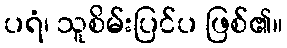
ပရံ၊ သူစိမ်းပြင်ပ ဖြစ်၏။